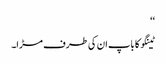
‘‘
ٹینگو کا باپ ان کی طرف مڑا۔